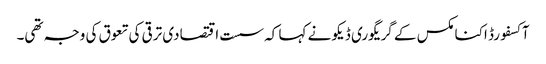
آکسفورڈ اکنامکس کے گریگوری ڈیکو نے کہا کہ سست اقتصادی ترقی کی تعوق کی وجہ تھی۔